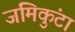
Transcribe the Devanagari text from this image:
जमिकुंटा